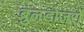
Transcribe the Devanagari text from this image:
बुलडोजरों